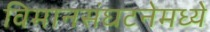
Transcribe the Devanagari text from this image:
विमानसंघटनेमध्ये